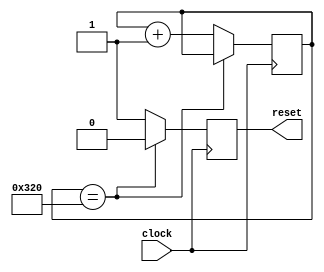
`timescale 1ns / 1ps
/////////////////////////////////////////////////////////////////////////////////
// 		
// 		
// : 			
// : 	   		XLX
// :        2010622 
// :    		Reset_Gen 
// :   		GNSS_Simulator
// : 		EP2C70F672C8
// :  		QII7.0
// 		V1.0
// : 
/////////////////////////////////////////////////////////////////////////////////

module Reset_Gen(
	clock,
	reset
    );
//////////////////////////////////////////////////////////////////////////////////
//IO//
//////////////////////////////////////////////////////////////////////////////////
input										clock;
output										reset;
/*********************************************************************************/
/***********************************************************************/
/*********************************************************************************/	

//////////////////////////////////////////////////////////////////////////////////
////
//////////////////////////////////////////////////////////////////////////////////
reg		[9:0]								cnt_for_reset;
reg											reset;
	always @(posedge clock)
begin
	if(cnt_for_reset==800)
		begin
			cnt_for_reset  <= cnt_for_reset;
			reset				<= 1'b0;
		end
	else
		begin
			cnt_for_reset	<= cnt_for_reset + 1;
			reset				<= 1'b1;
		end
end	
/*********************************************************************************/
/***********************************************************************/
/*********************************************************************************/
endmodule